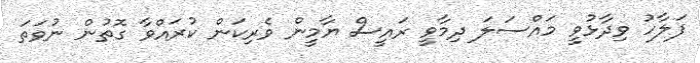
ފަލާހު ވިދާޅުވީ މައްސަލަ ދިމާވީ ރައީސް ޔާމީން ވެރިކަން ކުރައްވާ ގޮތުން ނުވަތަ